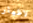
لاظهار